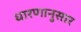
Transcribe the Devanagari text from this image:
धारणानुसार